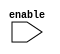
module case_xz(enable);
input enable;

always @ (enable)
case(enable)
  1'bz : $display ("enable is floating"); 
  1'bx : $display ("enable is unknown"); 
  default : $display ("enable is %b",enable); 
endcase 

endmodule